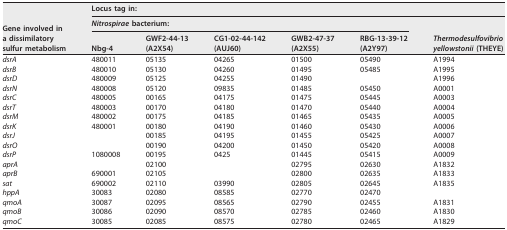
<table><thead><tr><td rowspan="3"><b>Gene involved in a dissimilatory sulfur metabolism</b></td><td colspan="6"><b>Locus tag in:</b></td></tr><tr><td colspan="5"><b>Nitrospirae bacterium:</b></td><td rowspan="2"><b>Thermodesulfovibrio yellowstonii (THEYE)</b></td></tr><tr><td><b>Nbg-4</b></td><td><b>GWF2-44-13 (A2X54)</b></td><td><b>CG1-02-44-142 (AUJ60)</b></td><td><b>GWB2-47-37 (A2X55)</b></td><td><b>RBG-13-39-12 (A2Y97)</b></td></tr></thead><tbody><tr><td><i>dsrA</i></td><td>480011</td><td>05135</td><td>04265</td><td>01500</td><td>05490</td><td>A1994</td></tr><tr><td><i>dsrB</i></td><td>480010</td><td>05130</td><td>04260</td><td>01495</td><td>05485</td><td>A1995</td></tr><tr><td><i>dsrD</i></td><td>480009</td><td>05125</td><td>04255</td><td>01490</td><td></td><td>A1996</td></tr><tr><td><i>dsrN</i></td><td>480008</td><td>05120</td><td>09835</td><td>01485</td><td>05450</td><td>A0001</td></tr><tr><td><i>dsrC</i></td><td>480005</td><td>00165</td><td>04175</td><td>01475</td><td>05445</td><td>A0003</td></tr><tr><td><i>dsrT</i></td><td>480003</td><td>00170</td><td>04180</td><td>01470</td><td>05440</td><td>A0004</td></tr><tr><td><i>dsrM</i></td><td>480002</td><td>00175</td><td>04185</td><td>01465</td><td>05435</td><td>A0005</td></tr><tr><td><i>dsrK</i></td><td>480001</td><td>00180</td><td>04190</td><td>01460</td><td>05430</td><td>A0006</td></tr><tr><td><i>dsrJ</i></td><td></td><td>00185</td><td>04195</td><td>01455</td><td>05425</td><td>A0007</td></tr><tr><td><i>dsrO</i></td><td></td><td>00190</td><td>04200</td><td>01450</td><td>05420</td><td>A0008</td></tr><tr><td><i>dsrP</i></td><td>1080008</td><td>00195</td><td>0425</td><td>01445</td><td>05415</td><td>A0009</td></tr><tr><td><i>aprA</i></td><td></td><td>02100</td><td></td><td>02795</td><td>02630</td><td>A1832</td></tr><tr><td><i>aprB</i></td><td>690001</td><td>02105</td><td></td><td>02800</td><td>02635</td><td>A1833</td></tr><tr><td><i>sat</i></td><td>690002</td><td>02110</td><td>03990</td><td>02805</td><td>02645</td><td>A1835</td></tr><tr><td><i>hppA</i></td><td>30083</td><td>02080</td><td>08585</td><td>02770</td><td>02470</td><td></td></tr><tr><td><i>qmoA</i></td><td>30087</td><td>02095</td><td>08565</td><td>02790</td><td>02455</td><td>A1831</td></tr><tr><td><i>qmoB</i></td><td>30086</td><td>02090</td><td>08570</td><td>02785</td><td>02460</td><td>A1830</td></tr><tr><td><i>qmoC</i></td><td>30085</td><td>02085</td><td>08575</td><td>02780</td><td>02465</td><td>A1829</td></tr></tbody></table>